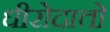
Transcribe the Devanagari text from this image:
धीरोदात्तो